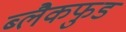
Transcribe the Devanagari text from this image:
ब्लैकफुड